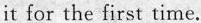
it for the first time.